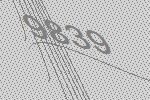
9839